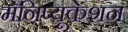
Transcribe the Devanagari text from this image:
मॅनिप्यूकेशन